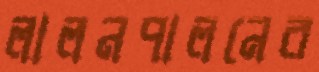
লালনপালনের